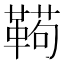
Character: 𱁸